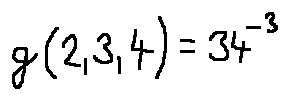
g ( 2 , 3 , 4 ) = 3 4 ^ { - 3 }